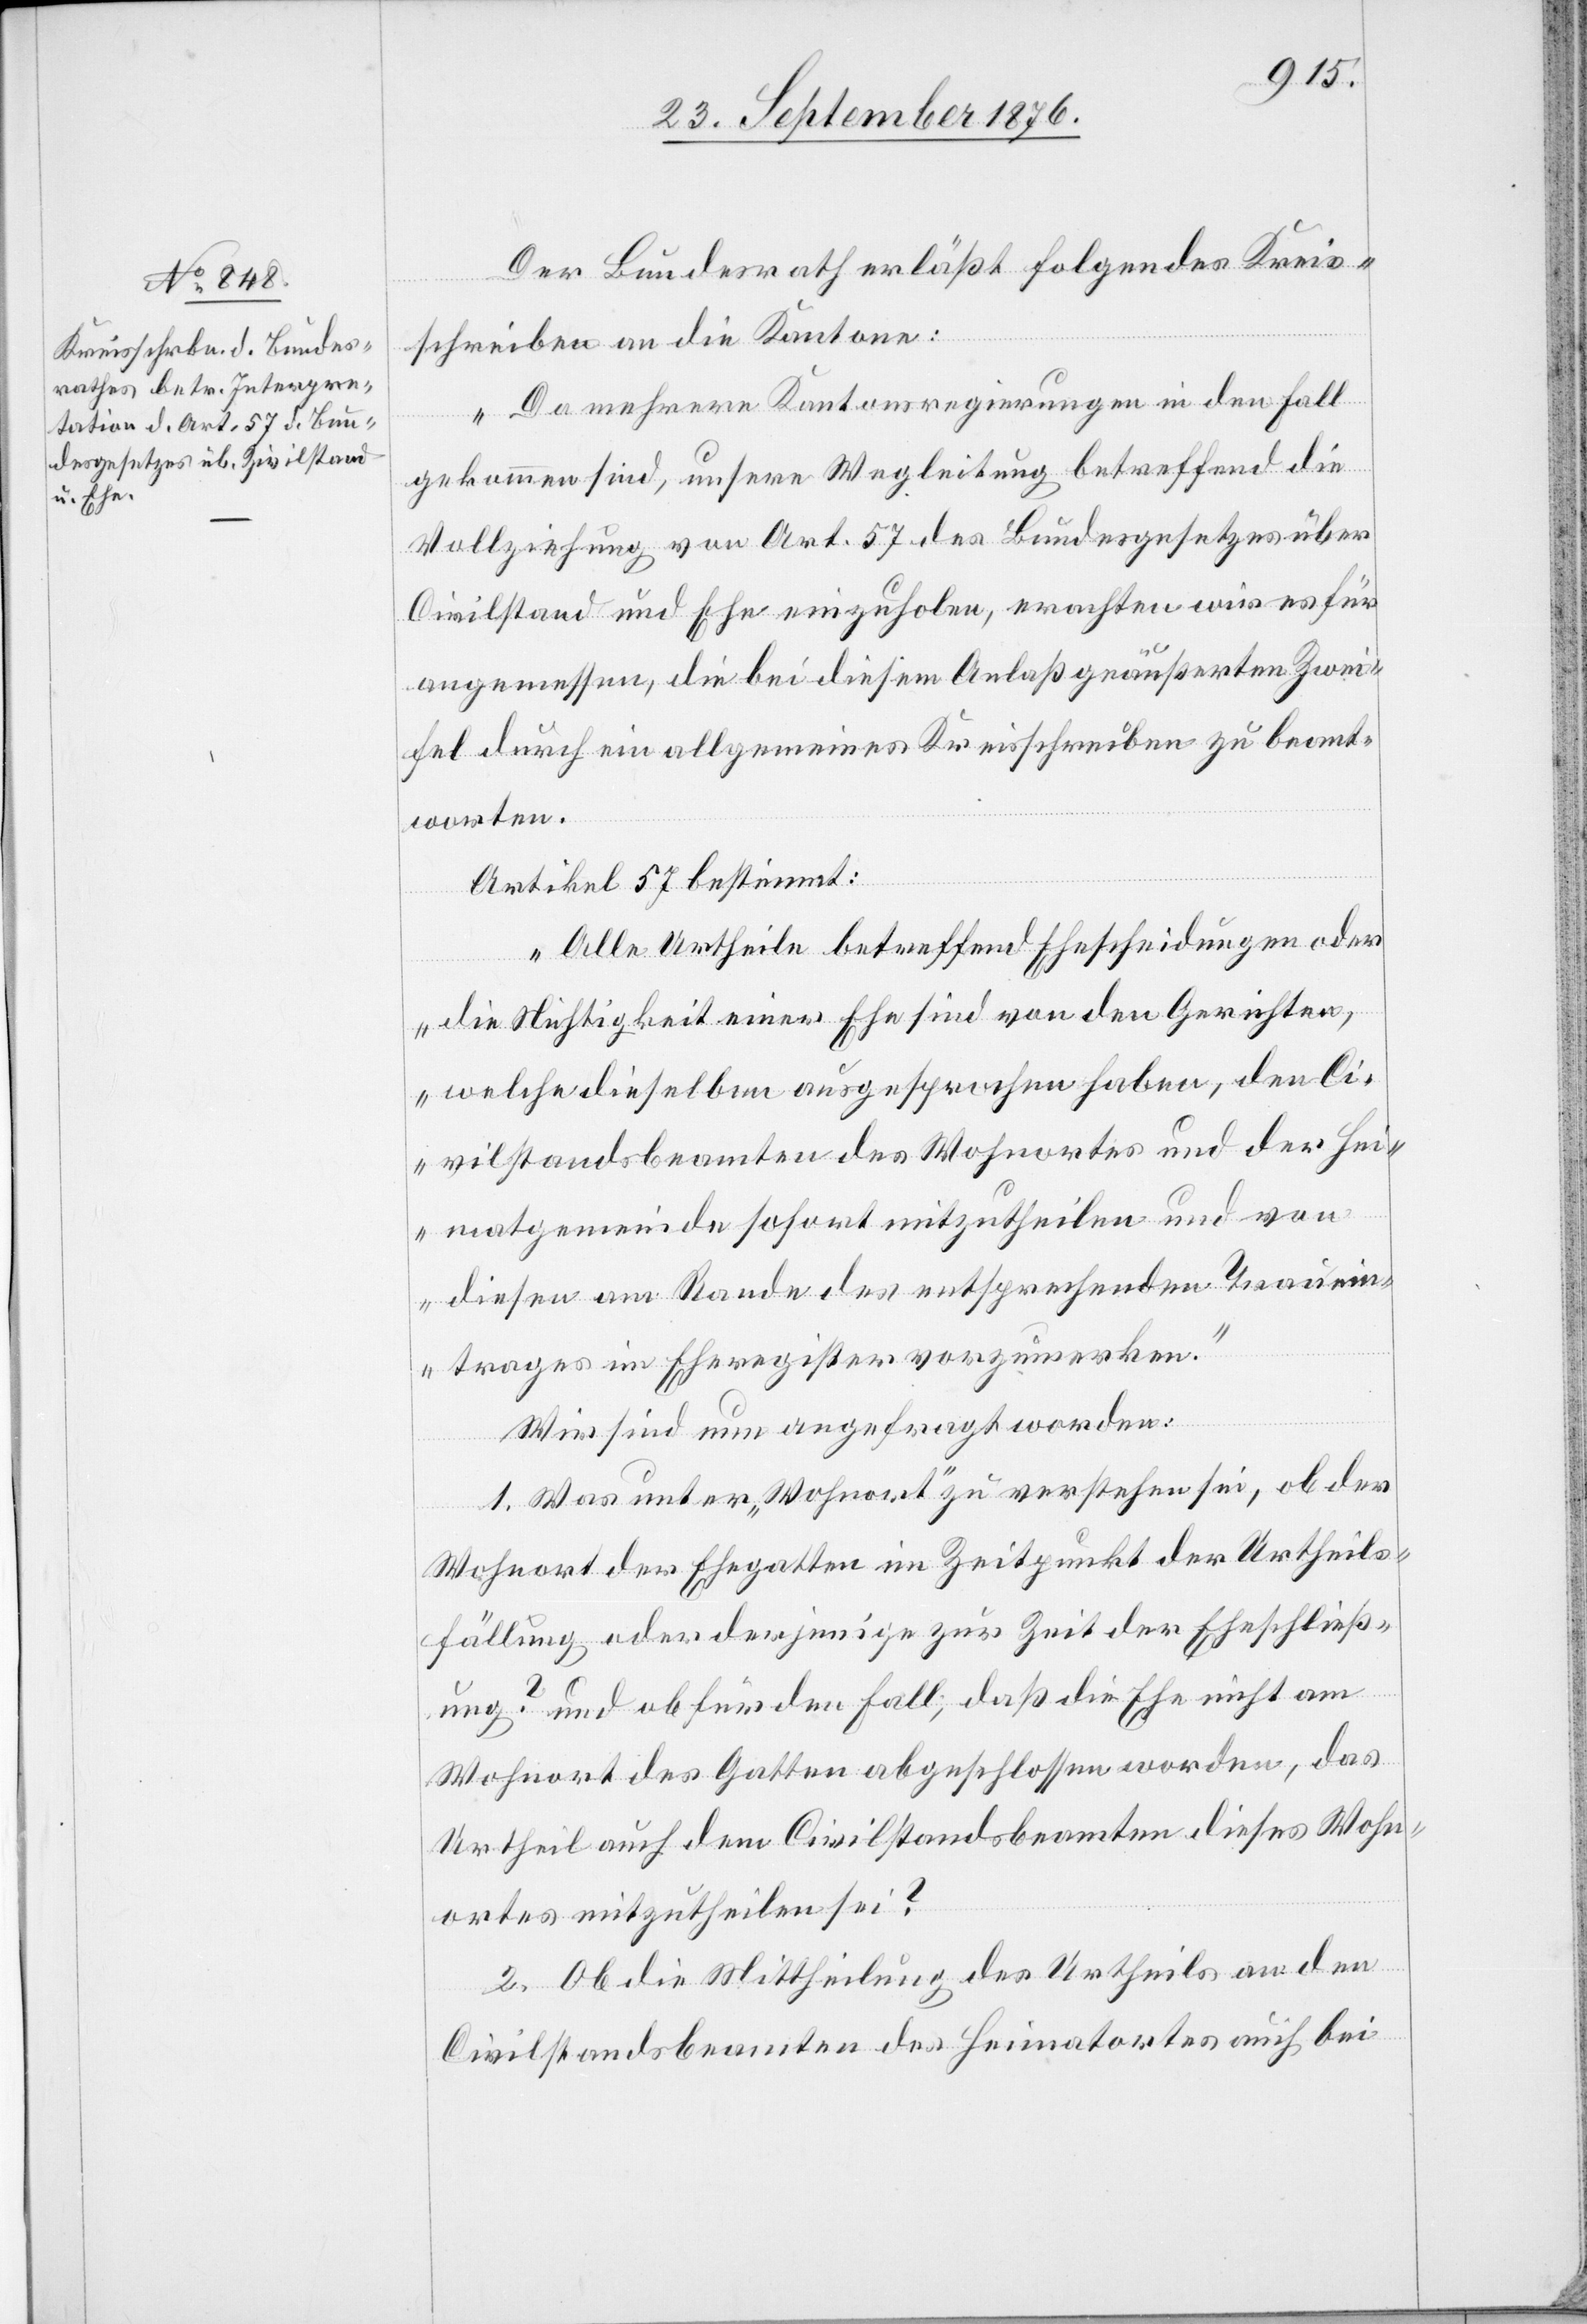
Der Bundesrath erläßt folgendes Kreis¬
schreiben an die Kantone:
„Da mehrere Kantonsregierungen in den Fall
gekommen sind, unsere Wegleitung betreffend die
Vollziehung von Art. 57 des Bundesgesetzes über
Civilstand und Ehe einzuholen, erachten wir es für
angemessen, die bei diesem Anaß geäußerten Zwei¬
fel durch ein allgemeines Kreisschreiben zu beant¬
worten.
Artikel 57 bestimmt:
„Alle Urtheile betreffend Ehescheidungen oder
die Nichtigkeit einer Ehe sind von den Gerichten
welche dieselben ausgesprochen haben, den Ci¬
vilstandsbeamten des Wohnortes und der Hei¬
matsgemeinde sofort mitzutheilen und von
diesen am Rande des entsprechenden Trauein¬
trages im Eheregister vorzumerken.“
Wir sind nun angefragt worden:
1. Was unter „Wohnort“ zu verstehen sei, ob der
Wohnort des Ehegatten im Zeitpunkt der Urtheils¬
fällung oder derjenige zur Zeit der Eheschließ¬
ung? und ob für den Fall, daß die Ehe nicht am
Wohnort des Gatten abgeschlossen worden, das
Urtheil auch dem Civilstandsbeamten dieses Wohn¬
ortes mitzutheilen sei?
2. Ob die Mittheilung des Urtheils an den
Civilstandsbeamten des Heimatortes auch bei